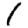
Digit: 1